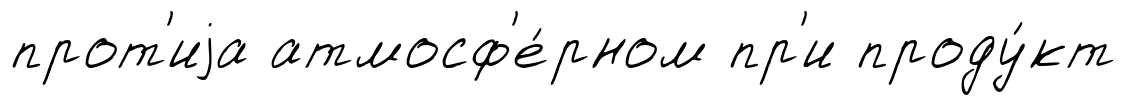
прот'иjа атмосф'е́рном пр'и проду́кт